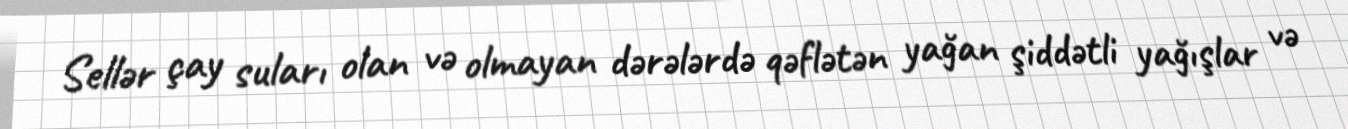
Sellər çay suları olan və olmayan dərələrdə qəflətən yağan şiddətli yağışlar və